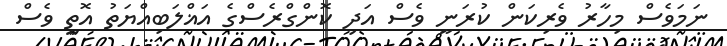
ނަމަވެސް މިހާރު ވެރިކަން ކުރަނީ ވެސް އަދި ކޮންގްރެސްގެ އަޣްލަބިއްޔަތު އޮތީ ވެސް